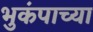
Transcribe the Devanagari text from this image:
भुकंपाच्या